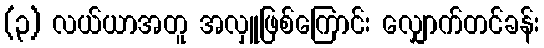
(၃) လယ်ယာအတူ အလှူဖြစ်ကြောင်း လျှောက်တင်ခန်း